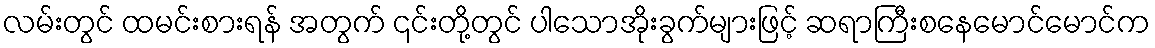
လမ်းတွင် ထမင်းစားရန် အတွက် ၎င်းတို့တွင် ပါသောအိုးခွက်များဖြင့် ဆရာကြီးစနေမောင်မောင်က